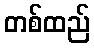
တစ်ထည်